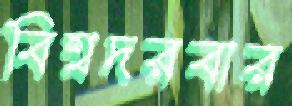
বিশ্বদরবার